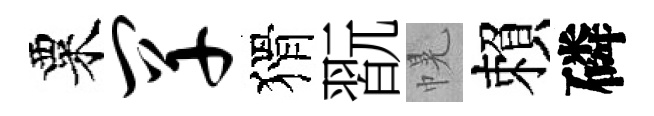
粟罕猾翫幌賴磷